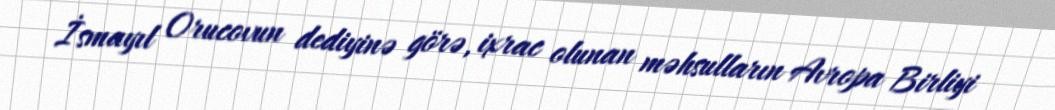
İsmayıl Orucovun dediyinə görə, ixrac olunan məhsulların Avropa Birliyi